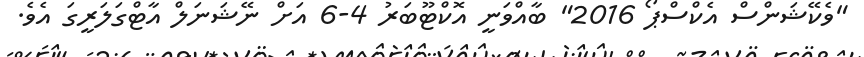
"ވެކޭޝަންސް އެކްސްޕޯ 2016" ބާއްވަނީ އޮކްޓޫބަރު 4-6 އަށް ނޭޝަނަލް އާޓްގަލަރީގަ އެވެ.